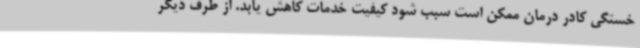
خستگی کادر درمان ممکن است سبب شود کیفیت خدمات کاهش یابد. از طرف دیگر